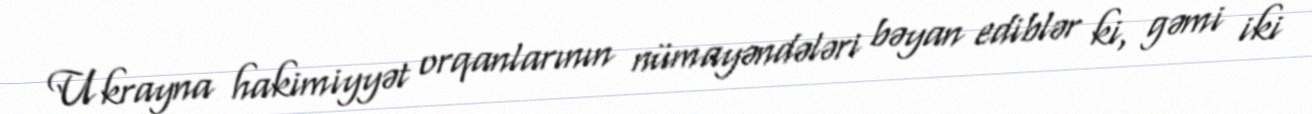
Ukrayna hakimiyyət orqanlarının nümayəndələri bəyan ediblər ki, gəmi iki